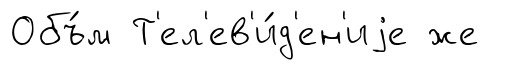
Объ́м Т'ел'ев'и́д'ен'иjе же